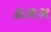
કાળશ